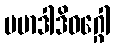
ပမာဒါဒိဝဂ္ဂေါ